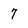
Character: 7